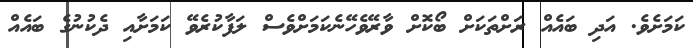
ކަމަށެވެ. އަދި ބައެއް ރަށްތަކަށް ބޯކޮށް ވާރޭވެހޭނެކަމަށްވެސް ލަފާކުރެވޭ ކަމަށާއި ދެކުނުގެ ބައެއް